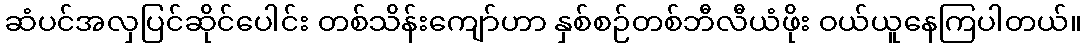
ဆံပင်အလှပြင်ဆိုင်ပေါင်း တစ်သိန်းကျော်ဟာ နှစ်စဉ်တစ်ဘီလီယံဖိုး ဝယ်ယူနေကြပါတယ်။